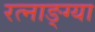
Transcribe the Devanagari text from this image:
रत्नाङ्ग्या